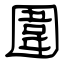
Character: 圍